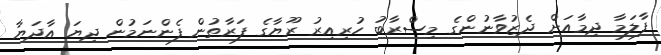
ފާލަމާ ދިމާއަށް ދެޒުވާނުންގެ މިސްރާބު ހުރިއިރު ރޫޔާގެ ފަރާތުން ފެންނަމުން ދިޔަ އާދަޔާ